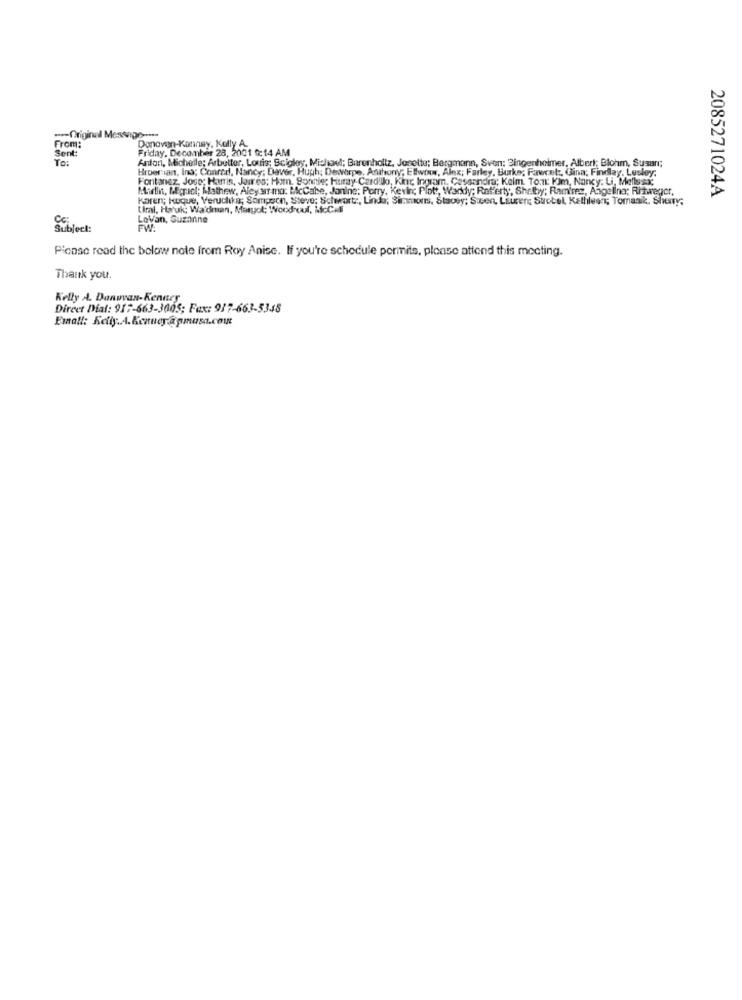
---- Original Mes
From:
Donovan-Kannay, Kolly A.
Sent:
Friday, December 28, 2001 0:14 AM
10:
Anton, Michelle; Arbetter, Louis; Scigley, Michael; Barenholtz, Josette; Bergmann, Sven; Bingenholmer, Albert; Blohm, Susan;
Broerian, Ind; Conrad, Nancy; Daver, Hugh; Dewerpe, Anthony; Etwoor, Ainx; Farley, Burke; Fawcet, Ginn; Findlay, Lesley:
Fontanez, Jose; Harris, Jaures; Hom. Sonnie: Huray-Cardillo, Kinc Ingram, Cassandra; Kelm. To.nr: Kim, Nancy: Li, Melissa;
Hirtin, Micrcl; Mathew, Aleyarr mo: BcCabe, Janine: Porry, Kevin Plot, Warkly; Rafferty, Shelby; Ramirez, Angelina; Rifweger,
2085271024A
karen; koque, Veruchika; Sompson, Steve; Schwartz, Linda; Simmons, Stacey; Sicen, Laurent Strobel, Kathleen; Tomaak. Sherry.
tiral, Haruk; Wa'dman, Masyok; Wood-cul, McCAE
LoVan, Suzanne
Subject:
EWA
Please read the below note from Roy Anise. If you're schedule permits, please attend this mocting.
Thank you.
Kelly A. Donovan-Kenney
Direct Dial: 917-663-3005; Fax: 917-663-5345
Emalt: Kelly.A.Kenney.@ pmusa.com